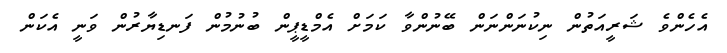
އެހެންވެ ޝަރީއަތުން ނިކުނަންނަން ބޭނުންވާ ކަމަށް އެމްޑީޕީން ބުނުމުން ފަނޑިޔާރުން ވަނީ އެކަން